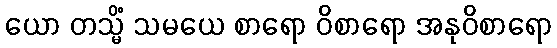
ယော တသ္မိံ သမယေ စာရော ဝိစာရော အနုဝိစာရော